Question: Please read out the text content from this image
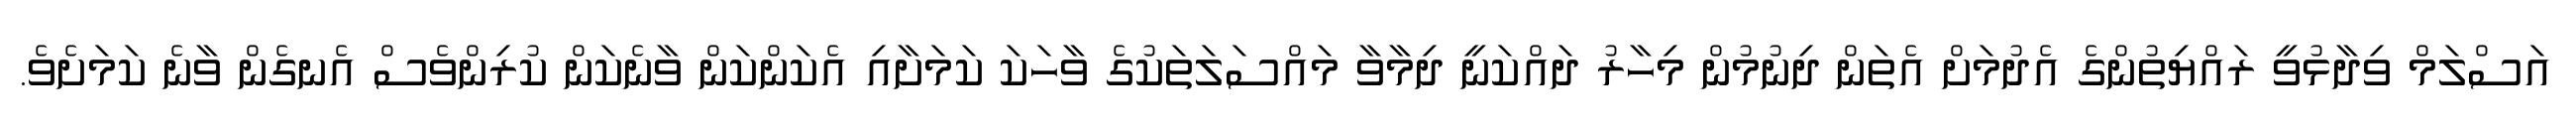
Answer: އަސްލަމް ވިދާޅުވީ ރައްޔިތުންގެ އެދުމަށް އެތަން ދިނުމުން މިހާރު ދައްކަނީ ދިމާވާ މައްސަލަތަކުގެ ވާހަކަ ކަމަށާއި އެކަންކަން ވާނެކަން ކުރިންވެސް އެނގެން ވާނެ ކަމަށެވެ.